NAE_ERA_R-1958_ENSV_Heliloojate_Liit, lk 139
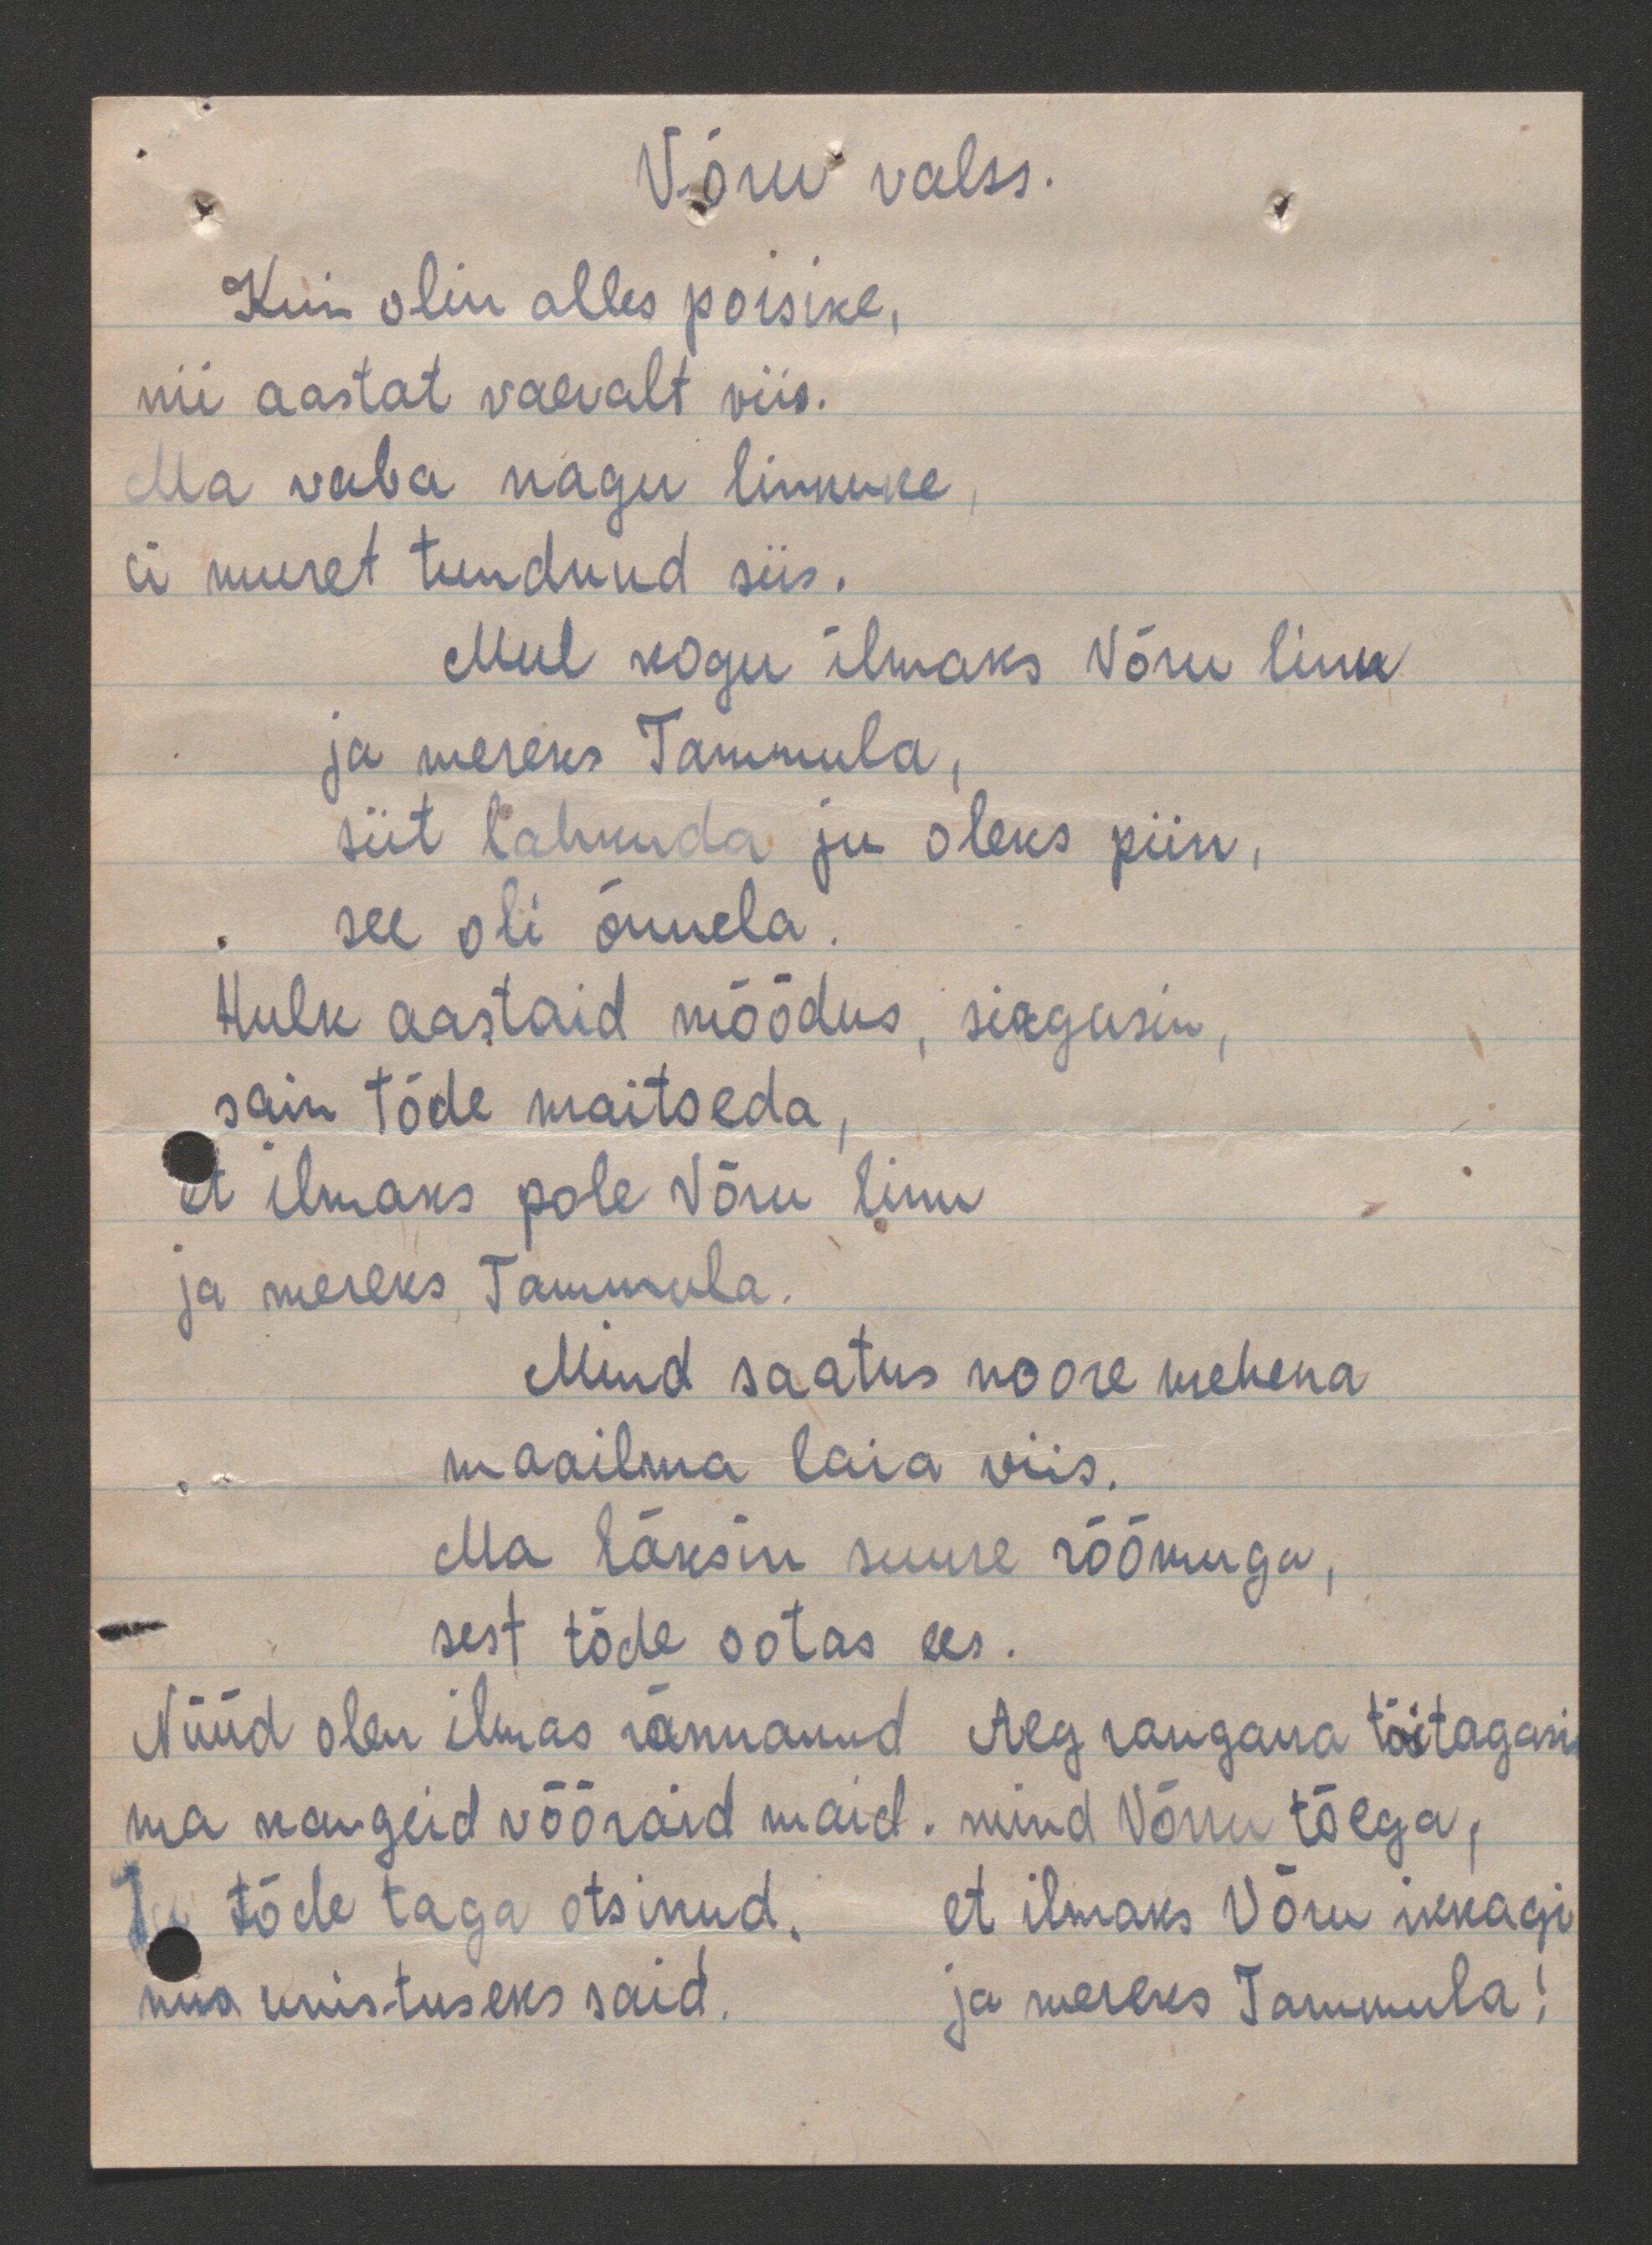
Võru valss.
Kui olin alles poisike,
nii aastat vaevalt viis.
Ma vaba nagu linnuke,
ei muret tundnud siis.
Mul kogu ilmaks Võru linn
ja mereks Tammula,
siit lahkuda ju oleks piin,
see oli õnnela.
Hulk aastaid möödus, sirgusin,
sain tõde maitseda.
et ilmaks pole Võru linn
ja mereks Tammula.
Mind saatus noore mehena
maailma laia viis.
Ma läksin suure rõõmuga,
sest tõde ootas ees.
Nüüd olen ilmas rännanud. Aeg raugana tõi tagasi
ma kaugeid võõraid maid. mind Võrru tõega,
Ja tõde taga otsinud, et ilmaks Võru ikkagi
mu unistuseks said.
ja mereks Tammula!